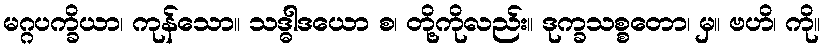
မဂ္ဂပက္ခိယာ၊ ကုန်သော။ သဒ္ဓါဒယော စ၊ တို့ကိုလည်း။ ဒုက္ခသစ္စတော၊ မှ။ ဗဟိ၊ ကို။